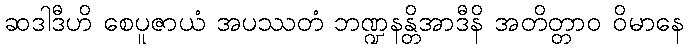
ဆဒါဒီဟိ စေပူဇာယံ အပဿတံ ဘဏ္ဍနန္တိအာဒီနိ အတိတ္တာဝ ဝိမာနေ